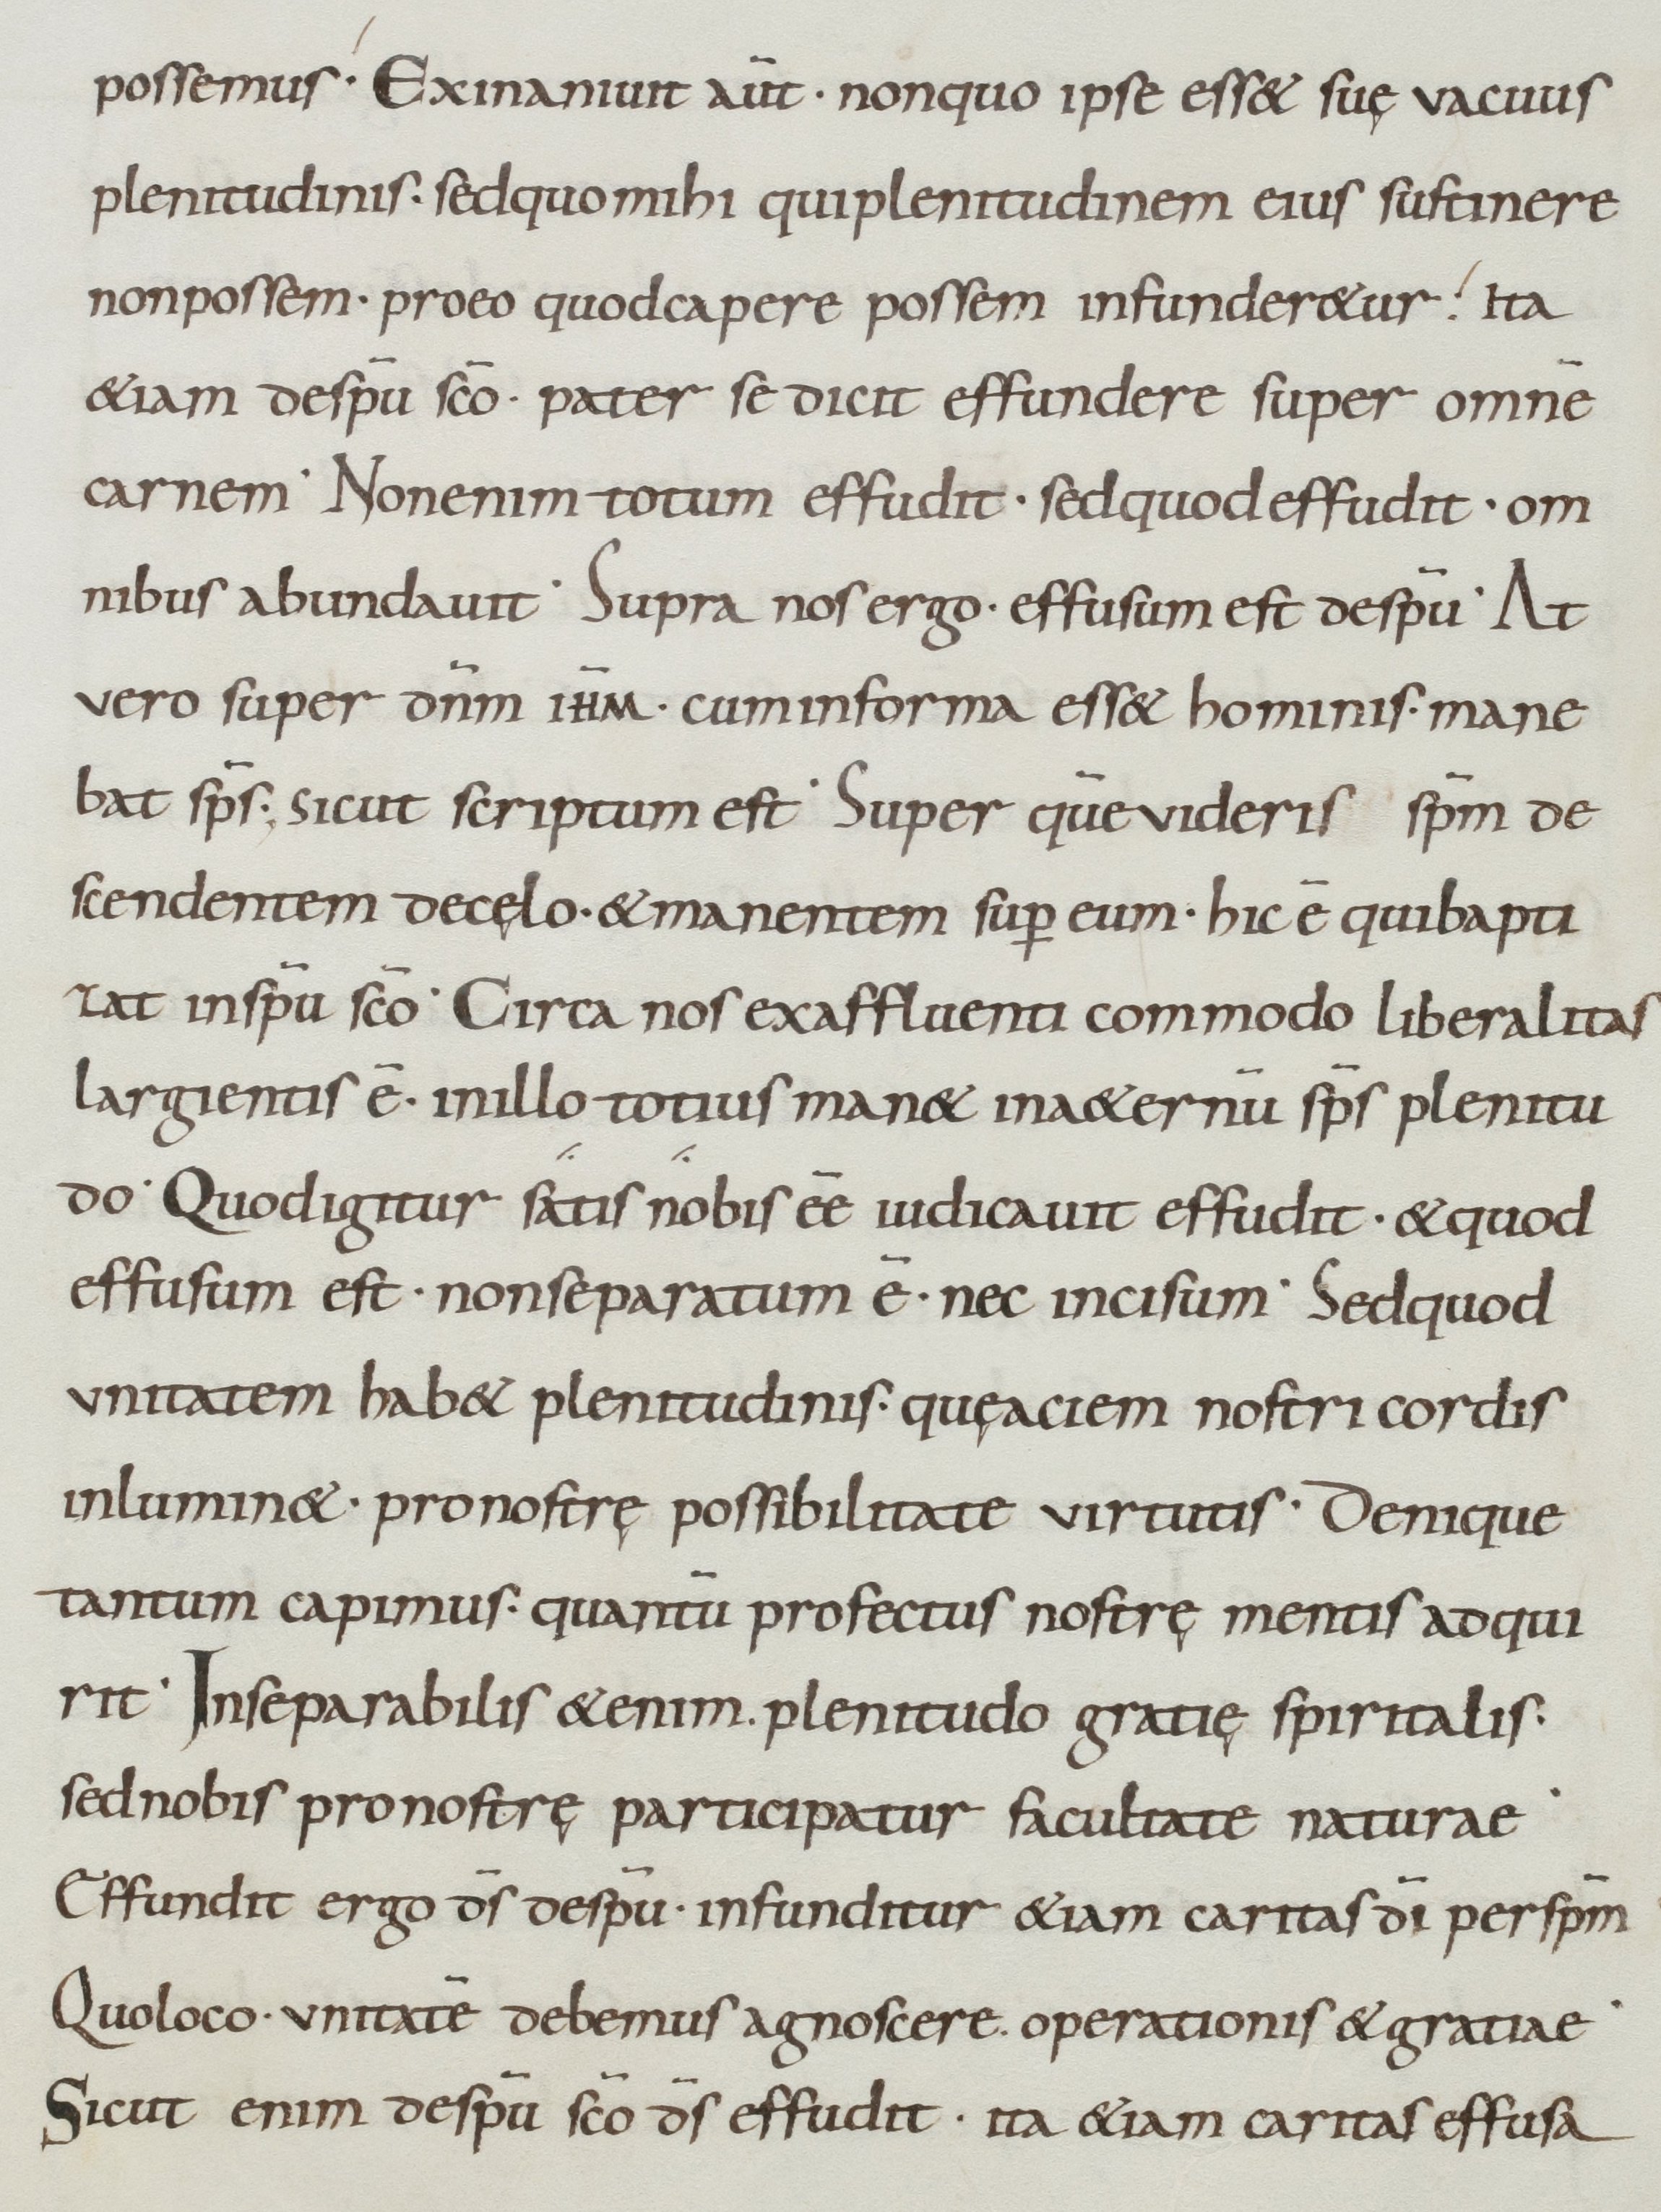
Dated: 900–999